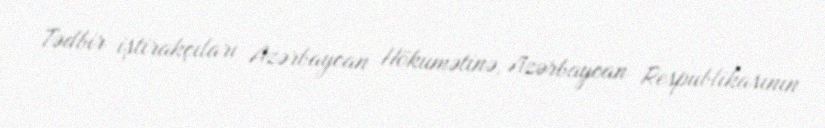
Tədbir iştirakçıları Azərbaycan Hökumətinə, Azərbaycan Respublikasının